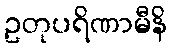
ဥတုပရိဏာမီနိ